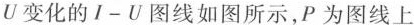
U变化的I-U图线如图所示，P为图线上